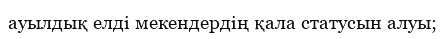
ауылдық елді мекендердің қала статусын алуы;